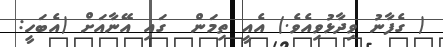
( ގެފާނު ވިދާޅުވިއެވެ.) އެއީ ތިމަން  ގައި އޭނާއަށް (އެބަހީ: